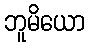
ဘူမိယော